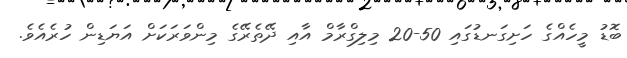
ބޮޑު މީހެއްގެ ހަށިގަނޑުގައި 50-20 މިލިގްރާމް އާއި ދޭތެރޭގެ މިންވަރަކަށް އަޔަޑިން ހުރެއެވެ.